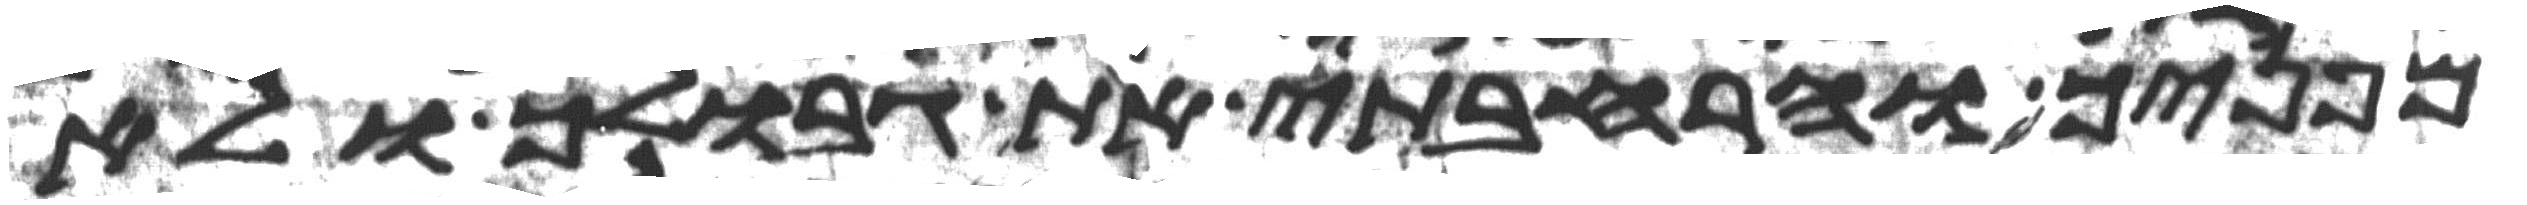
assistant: מפניך והרחבתי את גבולך ולא